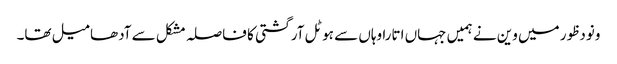
ونودظور میں وین نے ہمیں جہاں اتارا وہاں سے ہوٹل آرگشتی کا فاصلہ مشکل سے آدھا میل تھا۔